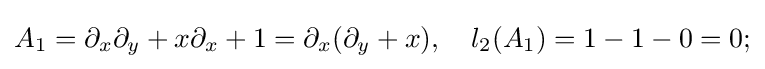
A_{1}=\partial _{x}\partial _{y}+x\partial _{x}+1=\partial _{x}(\partial _{y}+x),\quad l_{2}(A_{1})=1-1-0=0;